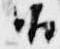
候